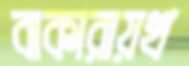
বাকারায়খ